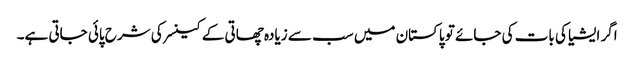
اگر ایشیا کی بات کی جائے تو پاکستان میں سب سے زیادہ چھاتی کے کینسر کی شرح پائی جاتی ہے۔